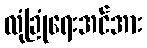
လုံခြုံရေးအင်အား